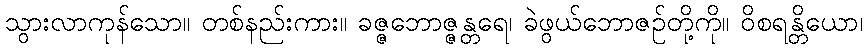
သွားလာကုန်သော။ တစ်နည်းကား။ ခဇ္ဇဘောဇ္ဇန္တရေ၊ ခဲဖွယ်ဘောဇဉ်တို့ကို။ ဝိစရန္တိယော၊